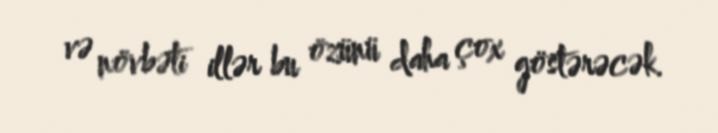
və növbəti illər bu özünü daha çox göstərəcək.